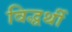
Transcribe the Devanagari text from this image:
विद्धर्थी